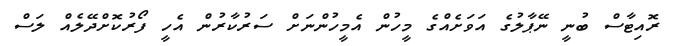
ރޮއިޓާސް ބުނީ ނޭޕާލުގެ އަވަށެއްގެ މީހުން އެމީހުންނަށް ސަރުކާރުން އެހީ ފޯރުކޮށްދޭލެއް ލަސް